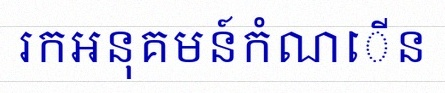
រកអនុគមន៍កំណើន